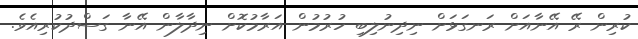
ކުރިން ރޭ އޭނާއަށް ރަނގަޅަށް ނިދިނުލިބި ހުރުމުން އަރާމުކޮށް ނިދާލާން އޭނާ ގަސްދުކުރިއެވެ.